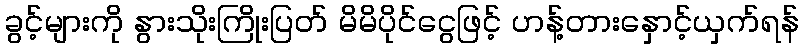
ခွင့်များကို နွားသိုးကြိုးပြတ် မိမိပိုင်ငွေဖြင့် ဟန့်တားနှောင့်ယှက်ရန်